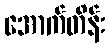
အောက်တိန်း